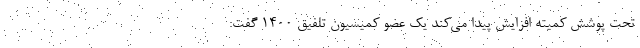
تحت پوشش کمیته افزایش پیدا می‌کند یک عضو کمیسیون تلفیق ۱۴۰۰ گفت: